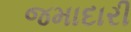
જમાદારી